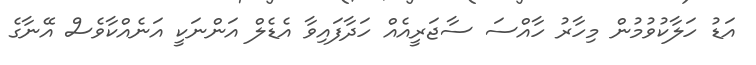
އަޑު ހަލާކުވުމުން މިހާރު ހާއްސަ ސާޖަރީއެއް ހަދާފައިވާ އެޑެލް އަންނަކީ އަނެއްކާވެސް އޭނާގެ